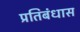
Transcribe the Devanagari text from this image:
प्रतिबंधास